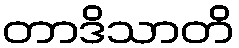
တာဒိသာတိ